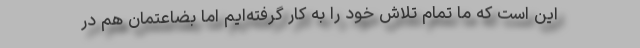
این است که ما تمام تلاش خود را به کار گرفته‌ایم اما بضاعتمان هم در